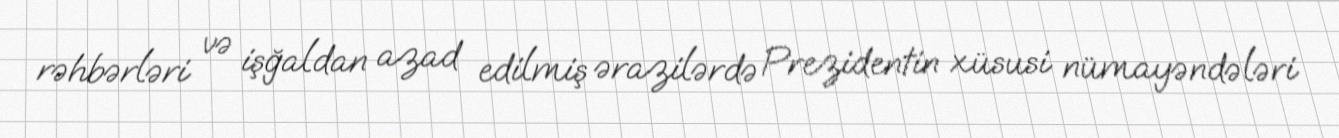
rəhbərləri və işğaldan azad edilmiş ərazilərdə Prezidentin xüsusi nümayəndələri